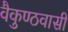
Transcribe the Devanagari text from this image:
वैकुण्ठवासी